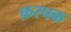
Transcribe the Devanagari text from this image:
फ़रपक